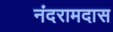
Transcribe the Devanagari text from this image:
नंदरामदास